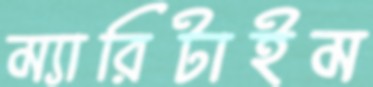
ম্যারিটাইম